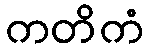
ကတိကံ